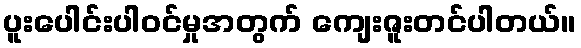
ပူးပေါင်းပါဝင်မှုအတွက် ကျေးဇူးတင်ပါတယ်။